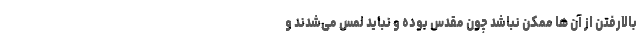
بالارفتن از آن ها ممکن نباشد چون مقدس بوده‌ و نباید لمس می‌شدند و